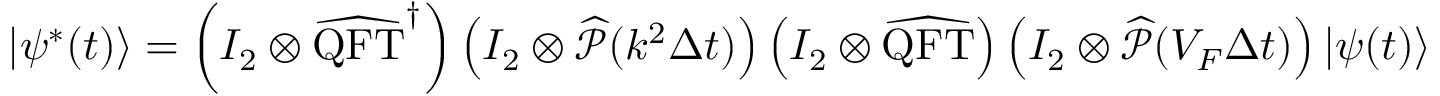
| \psi ^ { * } ( t ) \rangle = \left( I _ { 2 } \otimes \widehat { \mathrm { Q F T } } ^ { \dag } \right) \left( I _ { 2 } \otimes \widehat { \mathcal { P } } ( k ^ { 2 } \Delta t ) \right) \left( I _ { 2 } \otimes \widehat { \mathrm { Q F T } } \right) \left( I _ { 2 } \otimes \widehat { \mathcal { P } } ( V _ { F } \Delta t ) \right) | \psi ( t ) \rangle